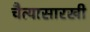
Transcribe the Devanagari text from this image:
चैत्यासारखी